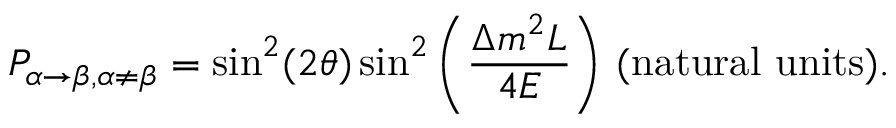
P _ { \alpha \rightarrow \beta , \alpha \neq \beta } = \sin ^ { 2 } ( 2 \theta ) \sin ^ { 2 } \left( { \frac { \Delta m ^ { 2 } L } { 4 E } } \right) \, { \mathrm { ( n a t u r a l ~ u n i t s ) } } .